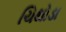
ચિથોડા